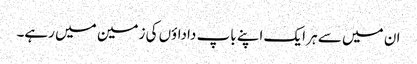
ان میں سے ہر ایک اپنے باپ داداؤں کی زمین میں رہے۔